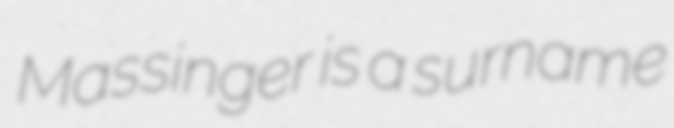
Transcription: Massinger is a surname